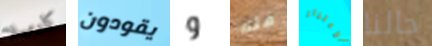
كارميلا يقودون و قله الأعتذار حالنا